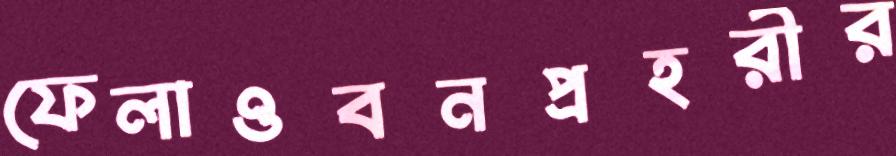
ফেলাওবনপ্রহরীর